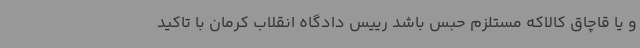
و یا قاچاق کالاکه مستلزم حبس باشد رییس دادگاه انقلاب کرمان با تاکید